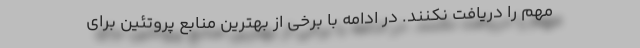
مهم را دریافت نکنند. در ادامه با برخی از بهترین منابع پروتئین برای